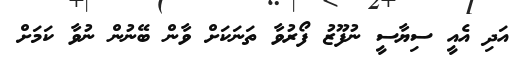
އަދި އެއީ ސިޔާސީ ނުފޫޒު ފޯރުވާ ތަނަކަށް ވާން ބޭނުން ނުވާ ކަމަށް